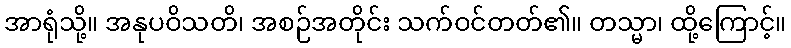
အာရုံသို့။ အနုပဝိသတိ၊ အစဉ်အတိုင်း သက်ဝင်တတ်၏။ တသ္မာ၊ ထို့ကြောင့်။